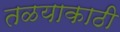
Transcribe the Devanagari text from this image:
तळयाकाठी